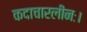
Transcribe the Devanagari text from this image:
कदाचारलीनः।